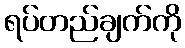
ရပ်တည်ချက်ကို